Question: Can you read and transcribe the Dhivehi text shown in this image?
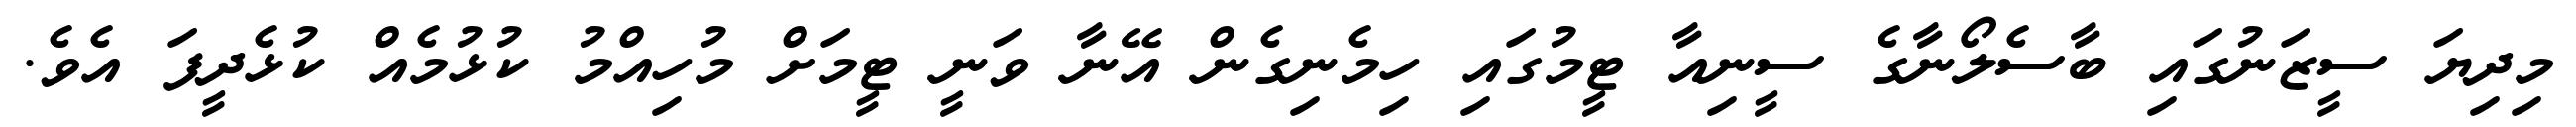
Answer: މިދިޔަ ސީޒަނުގައި ބާސެލޯނާގެ ސީނިއާ ޓީމުގައި ހިމެނިގެން އޭނާ ވަނީ ޓީމަށް މުހިއްމު ކުޅުމެއް ކުޅެދީފަ އެވެ.